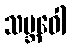
သမ္ဘဝေါ